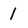
Character: 1